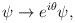
\begin{align*}\psi \rightarrow e^{i\theta }\psi , \end{align*}